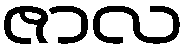
ဇာလ